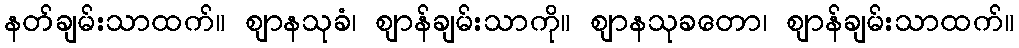
နတ်ချမ်းသာထက်။ ဈာနသုခံ၊ ဈာန်ချမ်းသာကို။ ဈာနသုခတော၊ ဈာန်ချမ်းသာထက်။